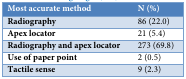
<table><thead><tr><td><b>Most accurate method </b></td><td><b>N (%)</b></td></tr></thead><tbody><tr><td><b>Radiography</b></td><td>86 (22.0)</td></tr><tr><td><b>Apex locator</b></td><td>21 (5.4)</td></tr><tr><td><b>Radiography and apex locator</b></td><td>273 (69.8)</td></tr><tr><td><b>Use of paper point</b></td><td>2 (0.5)</td></tr><tr><td><b>Tactile sense </b></td><td>9 (2.3)</td></tr></tbody></table>